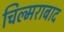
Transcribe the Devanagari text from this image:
चिल्मराबाद